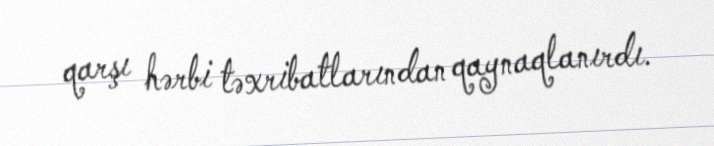
qarşı hərbi təxribatlarından qaynaqlanırdı.